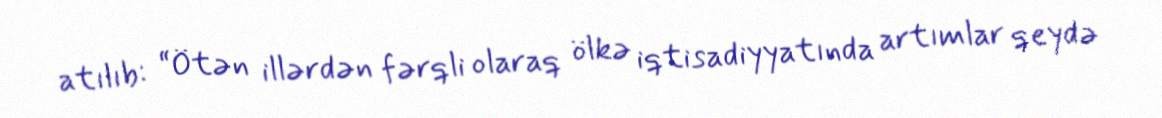
atılıb: “Ötən illərdən fərqli olaraq ölkə iqtisadiyyatında artımlar qeydə